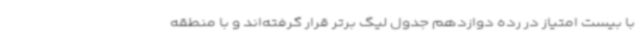
با بیست امتیاز در رده دوازدهم جدول لیگ برتر قرار گرفته‌اند و با منطقه